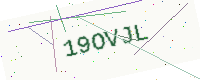
Text: 19OVJL